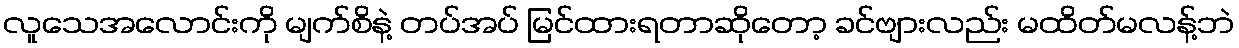
လူသေအလောင်းကို မျက်စိနဲ့ တပ်အပ် မြင်ထားရတာဆိုတော့ ခင်ဗျားလည်း မထိတ်မလန့်ဘဲ